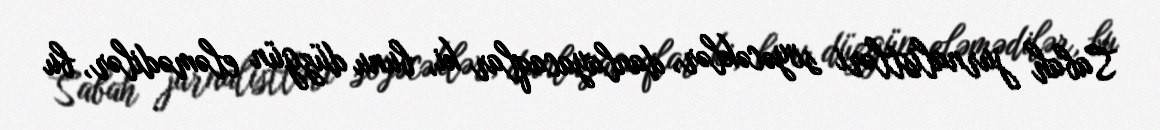
Sabah jurnalistləri söyəcəklər, danlayacaqlar ki, bunu düzgün eləmədilər, bu